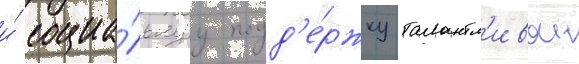
и́ социа́льнуу подд'е́ржку талантл'ивои